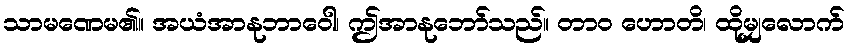
သာမဏေမ၏။ အယံအာနုဘာဝေါ၊ ဤအာနုဘော်သည်။ တာဝ ဟောတိ၊ ထိုမျှလောက်